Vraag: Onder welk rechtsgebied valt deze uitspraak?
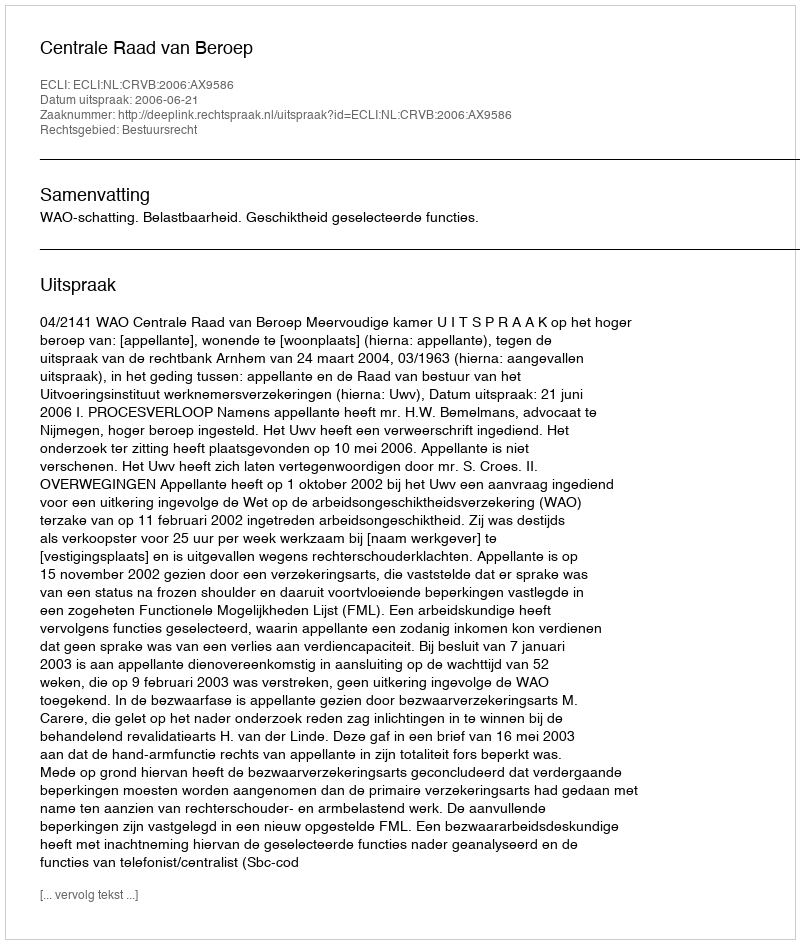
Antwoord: Bestuursrecht